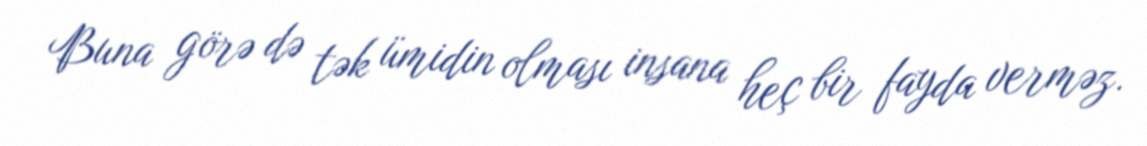
Buna görə də tək ümidin olması insana heç bir fayda verməz.